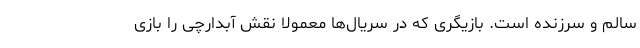
سالم و سرزنده است. بازیگری که در سریال‌ها معمولا نقش آبدارچی را بازی